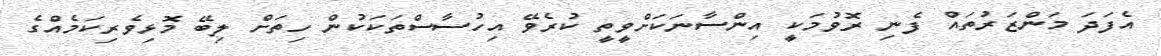
އެފަދަ މަންޒަރުތައް ފެނި ރޮވުމަކީ އިންސާނަކަށްވީތީ ކުރެވޭ އިހުސާސްތަކަކުން ހިތަށް ލިބޭ މޮޅިވެރިކަމެއްގެ